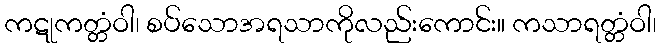
ကဋုကတ္တံဝါ၊ စပ်သောအရသာကိုလည်းကောင်း။ ကသာရတ္တံဝါ၊